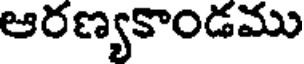
ఆరణ్యకాండము